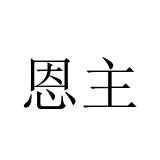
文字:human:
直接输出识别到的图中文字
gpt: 恩主